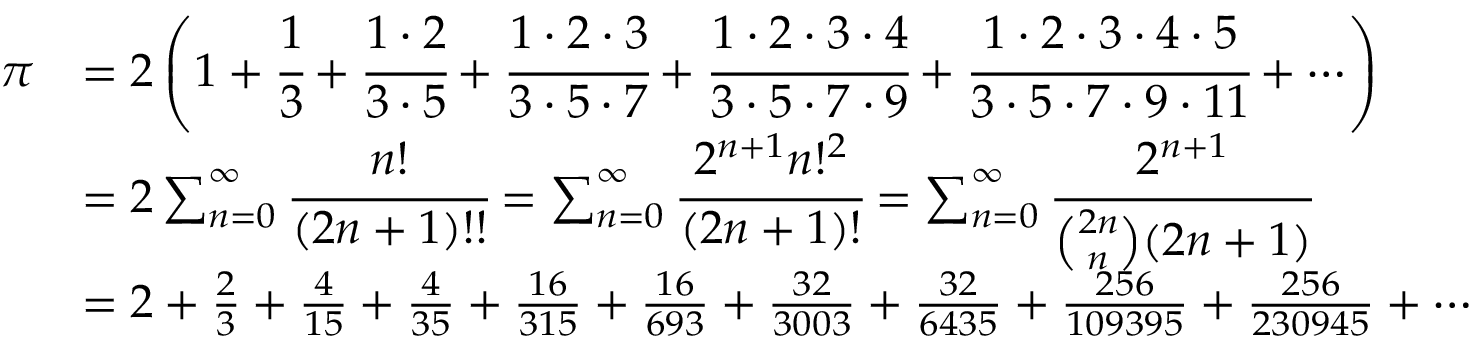
{ \begin{array} { r l } { \pi } & { = 2 \left( 1 + { \cfrac { 1 } { 3 } } + { \cfrac { 1 \cdot 2 } { 3 \cdot 5 } } + { \cfrac { 1 \cdot 2 \cdot 3 } { 3 \cdot 5 \cdot 7 } } + { \cfrac { 1 \cdot 2 \cdot 3 \cdot 4 } { 3 \cdot 5 \cdot 7 \cdot 9 } } + { \cfrac { 1 \cdot 2 \cdot 3 \cdot 4 \cdot 5 } { 3 \cdot 5 \cdot 7 \cdot 9 \cdot 1 1 } } + \cdots \right) } \\ & { = 2 \sum _ { n = 0 } ^ { \infty } { \cfrac { n ! } { ( 2 n + 1 ) ! ! } } = \sum _ { n = 0 } ^ { \infty } { \cfrac { 2 ^ { n + 1 } n ! ^ { 2 } } { ( 2 n + 1 ) ! } } = \sum _ { n = 0 } ^ { \infty } { \cfrac { 2 ^ { n + 1 } } { { \binom { 2 n } { n } } ( 2 n + 1 ) } } } \\ & { = 2 + { \frac { 2 } { 3 } } + { \frac { 4 } { 1 5 } } + { \frac { 4 } { 3 5 } } + { \frac { 1 6 } { 3 1 5 } } + { \frac { 1 6 } { 6 9 3 } } + { \frac { 3 2 } { 3 0 0 3 } } + { \frac { 3 2 } { 6 4 3 5 } } + { \frac { 2 5 6 } { 1 0 9 3 9 5 } } + { \frac { 2 5 6 } { 2 3 0 9 4 5 } } + \cdots } \end{array} }